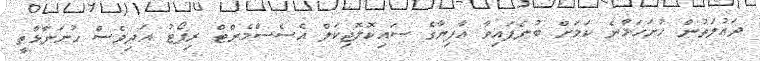
ދައުލަތުން ހުށަހަޅާނެ ކަމަށް ބުނެފައިވާ އާފިޔާގެ ސައިކޮލޮޖިކަލް އެސެސްމެންޓް ރިޕޯޓު އަދިވެސް ހުށަނާޅާތީ